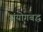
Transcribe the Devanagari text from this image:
संयोगबद्ध